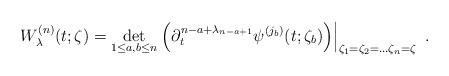
LaTeX: \begin{align*}W^{(n)}_{\lambda}(t;\zeta)=\det_{1\leq a, b \leq n}\left.\left(\partial_t^{n-a+\lambda_{n-a+1}}\psi^{(j_b)}(t;\zeta_b)\right)\right|_{\zeta_1=\zeta_2=\dots\zeta_n=\zeta}\ .\end{align*}